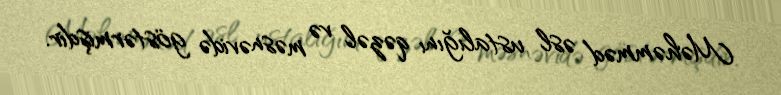
Məhəmməd əsl ustalığını qəzəl və məsnəvidə göstərmişdir.